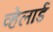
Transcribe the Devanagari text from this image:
व्हेलार्ड